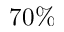
7 0 \%